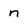
Character: n